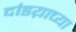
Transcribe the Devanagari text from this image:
दांडय़ाच्या